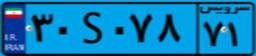
۴۶S۲۳۱۰۳